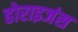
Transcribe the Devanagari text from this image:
होराइजंस